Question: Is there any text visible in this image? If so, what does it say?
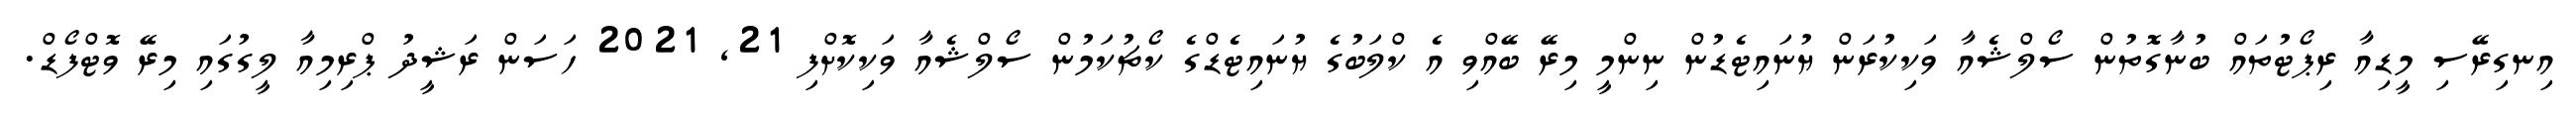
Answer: އިނގިރޭސި މީޑިއާ ރިޕޯޓުތައް ބުނާގޮތުން ސޯލްޝެއާ ވަކިކުރަން ޔުނައިޓެޑުން ނިންމީ މިރޭ ބޭއްވި އެ ކްލަބުގެ ޔުނައިޓެޑްގެ ކޯޗުކަމުން ސޯލްޝެއާ ވަކިކޮށްފި 21, 2021 ހަސަން ރަޝީދު ޕްރިމިއާ ލީގުގައި މިރޭ ވޮޓްފޯޑް.